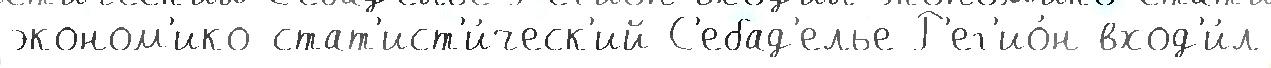
эконом'ико-стат'ист'и́ческ'ий С'ебад'елье Р'ег'ио́н вход'и́л